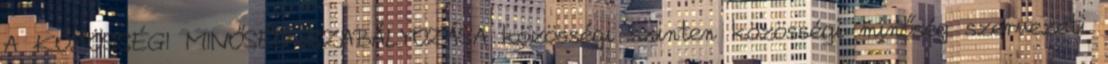
A KÖZÖSSÉGI MINŐSÉG SZABÁLYOZÁSA közösségi szinten közösségi minőség szervezeti